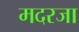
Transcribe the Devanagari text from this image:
मदरजा